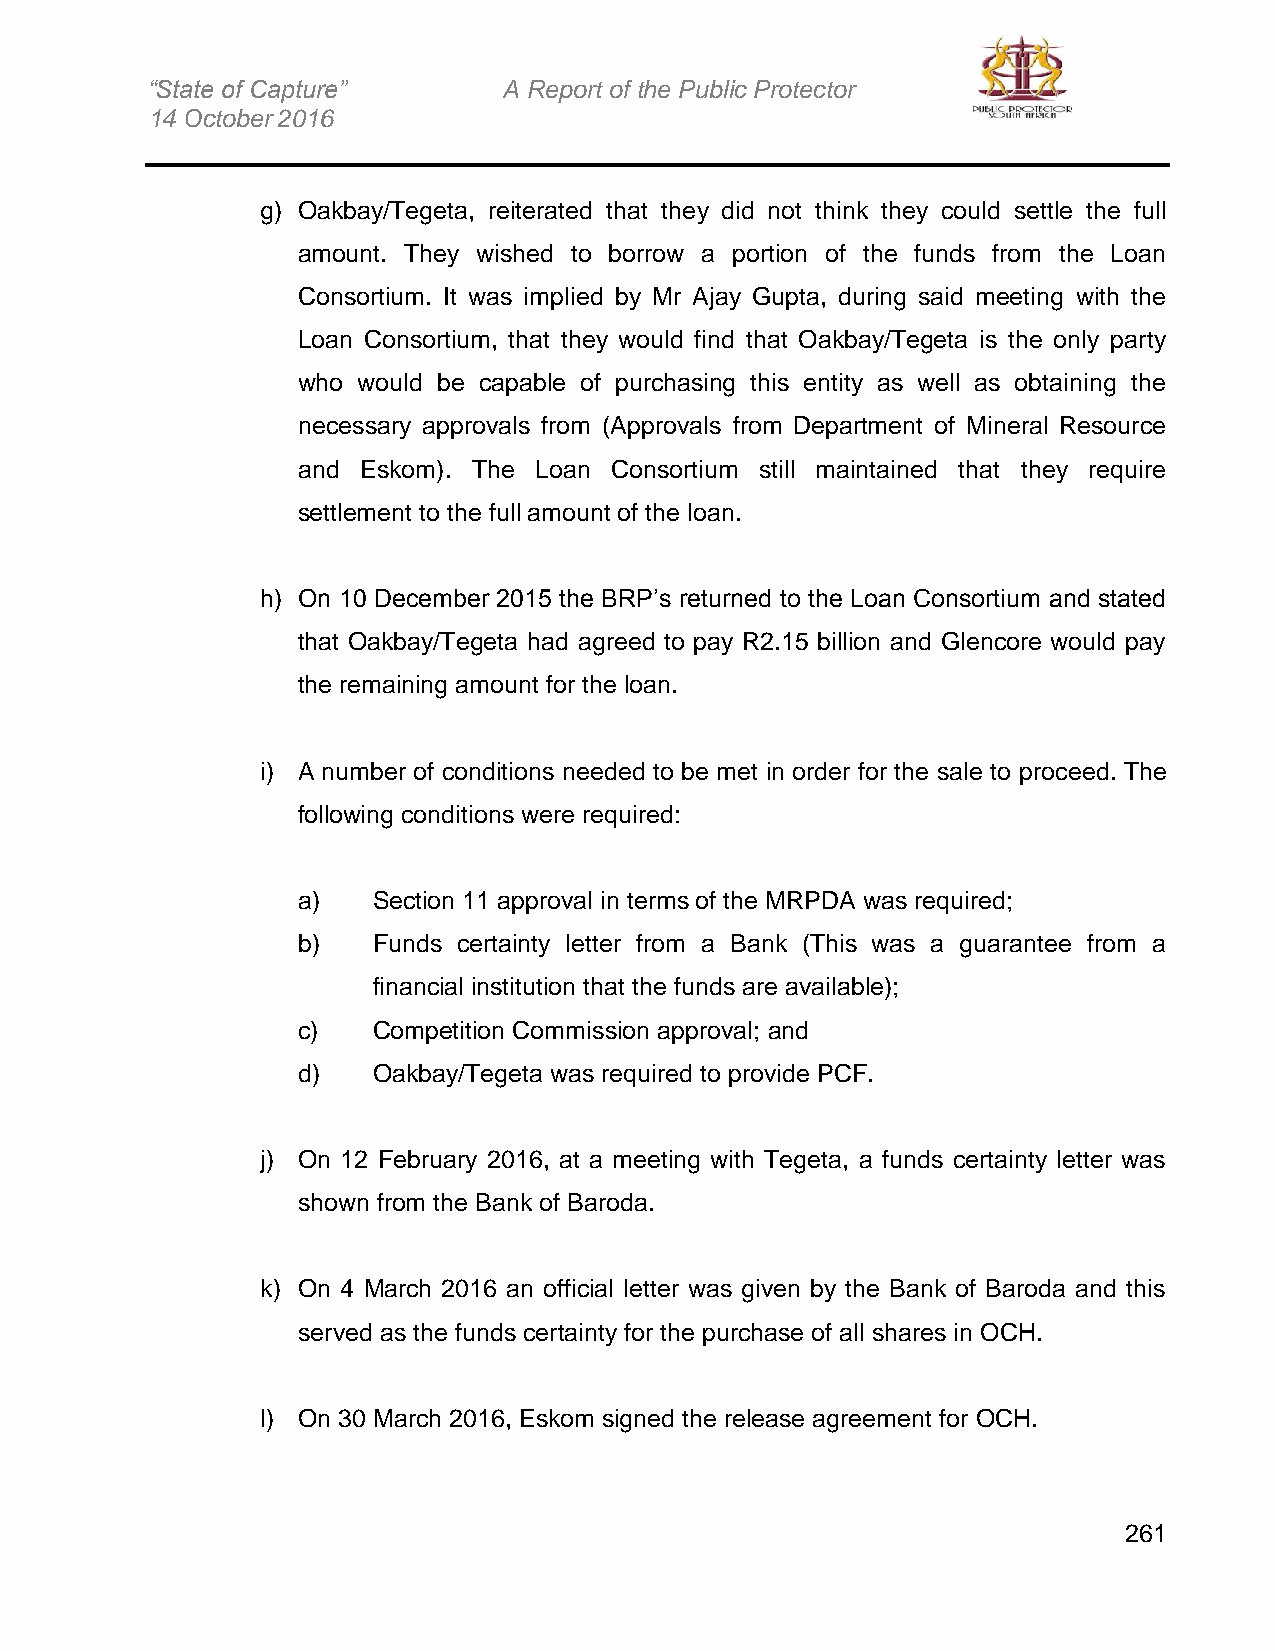
“State of Capture”     A Report of the Public Protector
 14 October 2016
 g) Oakbay/Tegeta, reiterated that they did not think they could settle the full
 amount. They wished to borrow a portion of the funds from the Loan
 Consortium. It was implied by Mr Ajay Gupta, during said meeting with the
 Loan Consortium, that they would find that Oakbay/Tegeta is the only party
 who would be capable of purchasing this entity as well as obtaining the
 necessary approvals from (Approvals from Department of Mineral Resource
 and Eskom). The Loan Consortium still maintained that they require
 settlement to the full amount of the loan.
 h) On 10 December 2015 the BRP’s returned to the Loan Consortium and stated
 that Oakbay/Tegeta had agreed to pay R2.15 billion and Glencore would pay
 the remaining amount for the loan.
 i) A number of conditions needed to be met in order for the sale to proceed. The
 following conditions were required:
 a)   Section 11 approval in terms of the MRPDA was required;
 b)   Funds certainty letter from a Bank (This was a guarantee from a
 financial institution that the funds are available);
 c)   Competition Commission approval; and
 d)   Oakbay/Tegeta was required to provide PCF.
 j) On 12 February 2016, at a meeting with Tegeta, a funds certainty letter was
 shown from the Bank of Baroda.
 k) On 4 March 2016 an official letter was given by the Bank of Baroda and this
 served as the funds certainty for the purchase of all shares in OCH.
 l) On 30 March 2016, Eskom signed the release agreement for OCH.
 261